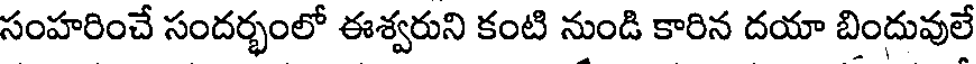
సంహరించే సందర్భంలో ఈశ్వరుని కంటి నుండి కారిన దయా బిందువులే